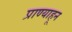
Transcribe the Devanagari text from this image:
प्राण्याहून